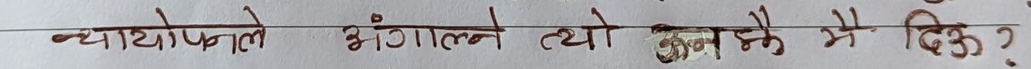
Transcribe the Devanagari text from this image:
च्याप्पफुले झेंगाल्ने त्यो झन् के मै दिऊँ ?